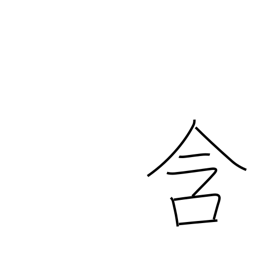
Meaning: cherish